Sketch of the medical history of the native army of Bombay, for the year
Year: 1875
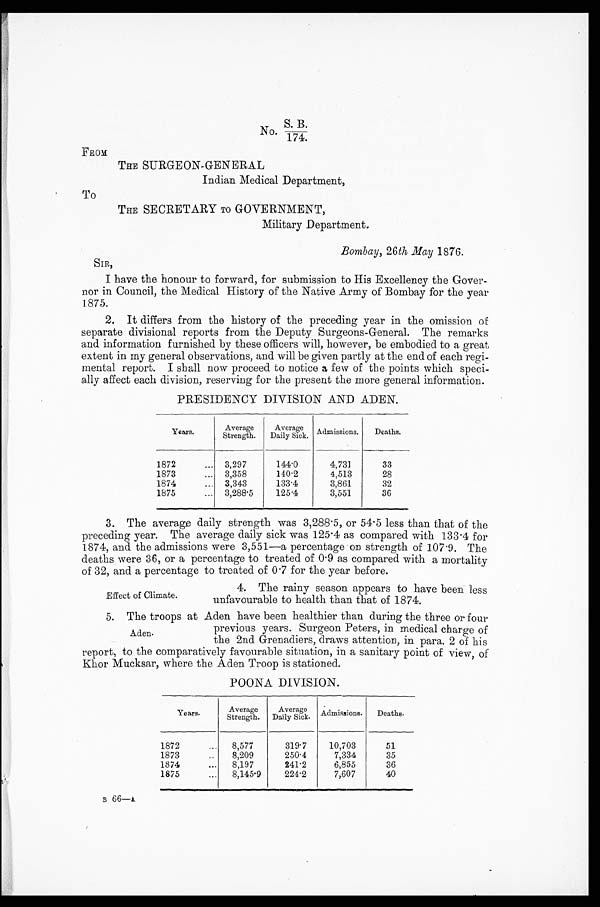
No. S. B./174.
FROM
THE SURGEON-GENERAL
Indian Medical Department,
T o
THE SECRETARY TO GOVERNMENT,
Military Department.
Bombay, 26th May 1876.
SIR,
I have the honour to forward, for submission to His Excellency the Gover-
nor in Council, the Medical History of the Native Army of Bombay for the year
1875.
2. It differs from the history of the preceding year in the omission of
separate divisional reports from the Deputy Surgeons-General. The remarks
and information furnished by these officers will, however, be embodied to a great
extent in my general observations, and will be given partly at the end of each regi-
mental report. I shall now proceed to notice a few of the points which speci-
ally affect each division, reserving for the present the more general information.
PRESIDENCY DIVISION AND ADEN.
Years.
Average
Strength.
Average
Daily Sick. Admissions.
Deaths.
1872
3,297
144.0
4,731
33
1873
3,358
140.2
4,513
28
1874
3,343
133.4
3,861
32
1875
3,288.5
125.4
3,551
36
3. The average daily strength was 3,288.5, or 54.5 less than that of the
preceding year. The average daily sick was 125.4 as compared with 133.4 for
1874, and the admissions were 3,551—a percentage on strength of 107.9. The
deaths were 36, or a percentage to treated of 0.9 as compared with a mortality
of 32, and a percentage to treated of 0.7 for the year before.
Effect of Climate.
4. The rainy season appears to have been less
unfavourable to health than that of 1874.
5. The troops at Aden have been healthier than during the three or four
previous years. Surgeon Peters, in medical charge of
the 2nd Grenadiers, draws attention, in para. 2 of his
report, to the comparatively favourable situation, in a sanitary point of view, of
Khor Mucksar, where the Aden Troop is stationed.
POONA DIVISION.
Years.
Average
Strength.
Average
Daily Sick. Admissions.
Deaths.
1872
8,577
319.7
10,703
51
1873
8,209
250.4
7,334
35
1874
8,197
241.2
6,855
36
1875
8,145.9
224.2
7,607
40
B 66—A
Aden.